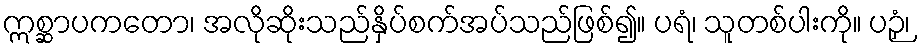
ဣစ္ဆာပကတော၊ အလိုဆိုးသည်နှိပ်စက်အပ်သည်ဖြစ်၍။ ပရံ၊ သူတစ်ပါးကို။ ပဉှံ၊